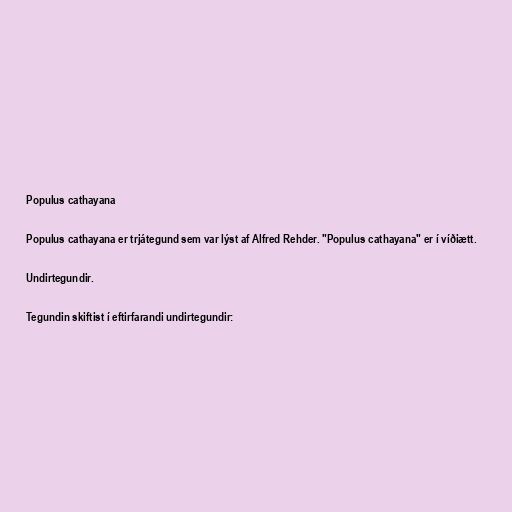
Populus cathayana

Populus cathayana er trjátegund sem var lýst af Alfred Rehder. "Populus cathayana" er í víðiætt.

Undirtegundir.

Tegundin skiftist í eftirfarandi undirtegundir: